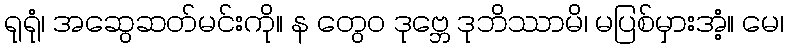
ရုရုံ၊ အဆွေဆတ်မင်းကို။ န တွေဝ ဒုဗ္ဘေ ဒုဘိဿာမိ၊ မပြစ်မှားအံ့။ မေ၊